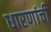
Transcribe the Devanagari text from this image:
धारणांची